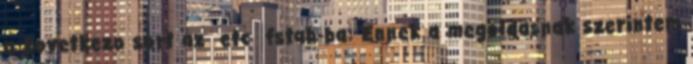
a kovetkezo sort az etc fstab-ba: Ennek a megoldasnak szerintem